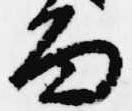
面